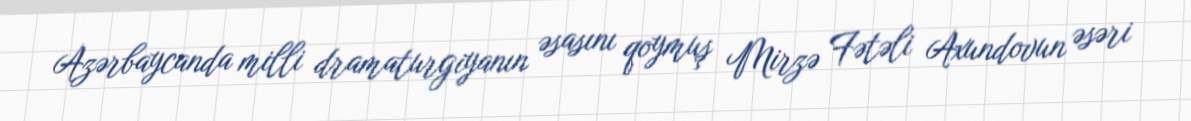
Azərbaycanda milli dramaturgiyanın əsasını qoymuş Mirzə Fətəli Axundovun əsəri